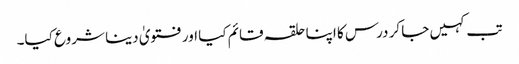
تب کہیں جا کر درس کا اپنا حلقہ قائم کیا اور فتویٰ دینا شروع کیا۔